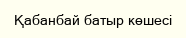
Қабанбай батыр көшесі